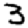
Digit: 3